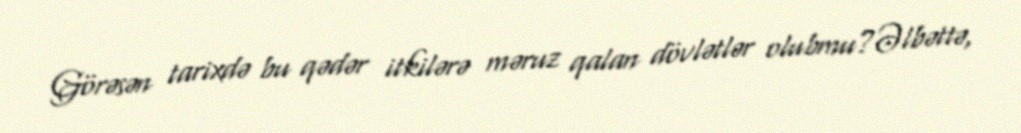
Görəsən tarixdə bu qədər itkilərə məruz qalan dövlətlər olubmu?Əlbəttə,